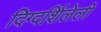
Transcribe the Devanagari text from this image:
दिग्दर्शिलेली